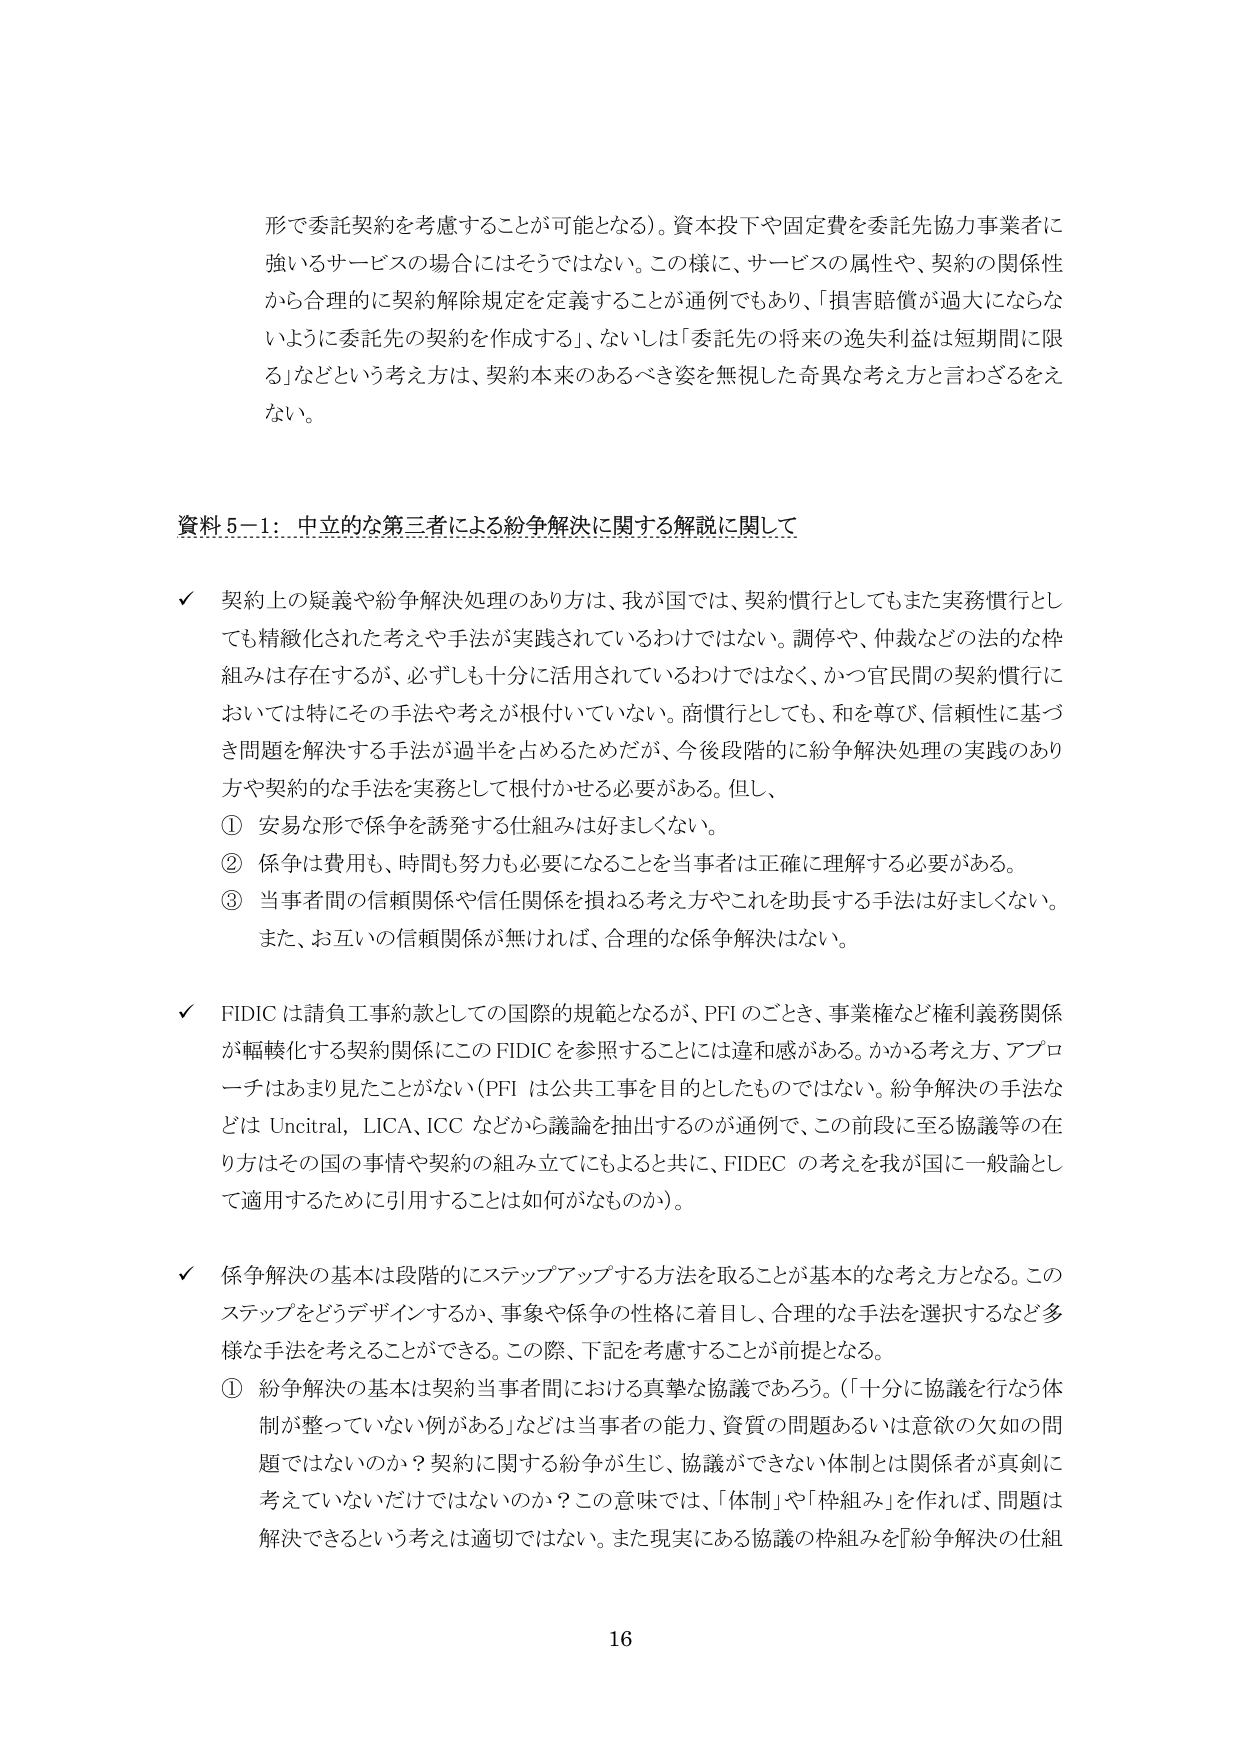
形で委託契約を考慮することが可能となる）。資本投下や固定費を委託先協力事業者に強いるサービスの場合にはそうではない。この様に、サービスの属性や、契約の関係性から合理的に契約解除規定を定義することが通例でもあり、「損害賠償が過大にならないように委託先の契約を作成する」、ないしは「委託先の将来の逸失利益は短期間に限る」などという考え方とは、契約本来のあるべき姿を無視した奇異な考え方と言わざるをえない。

資料 5－1：中立的な第三者による紛争解決に関する解説に関して

✓ 契約上の疑義や紛争解決処理のあり方は、我が国では、契約慣行としてもまた実務慣行としても精緻化された考えや手法が実践されているわけではない。調停や、仲裁などの法的な枠組みは存在するが、必ずしも十分に活用されているわけではなく、かつ官民間の契約慣行においては特にその手法や考えが根付いていない。商慣行としても、和を尊び、信頼性に基づき問題を解決する手法が過半を占めるためだが、今後段階的に紛争解決処理の実践のあり方や契約的な手法を実務として根付かせる必要がある。但し、
① 安易な形で係争を誘発する仕組みは好ましくない。
② 係争は費用も、時間も努力も必要になることを当事者は正確に理解する必要がある。
③ 当事者間の信頼関係や信任関係を損ねる考え方やこれを助長する手法は好ましくない。
また、お互いの信頼関係が無ければ、合理的な紛争解決はない。

✓ FIDIC は請負工事約款としての国際的規範となるが、PFI のごとき、事業権など権利義務関係が幅軽化する契約関係にこの FIDIC を参照することには違和感がある。かかる考え方、アプローチはあまり見たことがない（PFI は公共工事を目的としたものではない。紛争解決の手法などは Unictral、LICA、ICC などから議論を抽出するのが通例で、この前段に至る協議等の在り方はその国の事情や契約の組み立てにもよると共に、FIDEC の考えを我が国に一般論として適用するために引用することは如何なものか）。

✓ 係争解決の基本は段階的にステップアップする方法を取ることが基本的な考え方となる。このステップをどうデザインするか、事象や係争の性格に着目し、合理的な手法を選択するなど多様な手法を考えることができる。この際、下記を考慮することが前提となる。
① 紛争解決の基本は契約当事者間における真摯な協議であろう。（「十分に協議を行なう体制が整っていない例がある」などは当事者の能力、資質の問題あるいは意欲の欠如の問題ではないのか？契約に関する紛争が生じ、協議ができない体制とは関係者が真剣に考えていないだけではないのか？この意味では、「体制」や「枠組み」を作れば、問題は解決できるという考えは適切ではない。また現実にある協議の枠組みを『紛争解決の仕組

16